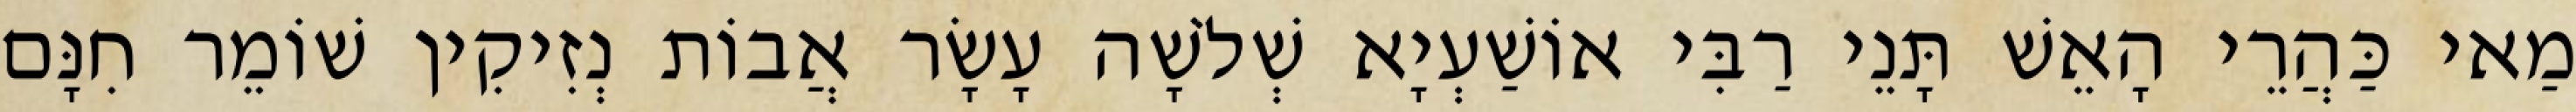
מַאי כַּהֲרֵי הָאֵשׁ תָּנֵי רַבִּי אוֹשַׁעְיָא שְׁלֹשָׁה עָשָׂר אֲבוֹת נְזִיקִין שׁוֹמֵר חִנָּם